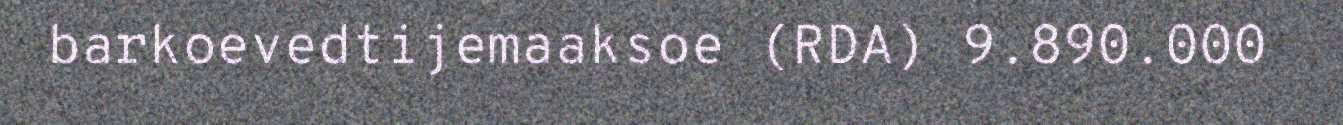
barkoevedtijemaaksoe (RDA) 9.890.000